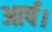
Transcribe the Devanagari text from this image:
आर्ष।